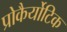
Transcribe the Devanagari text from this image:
प्रोकैर्योटिक